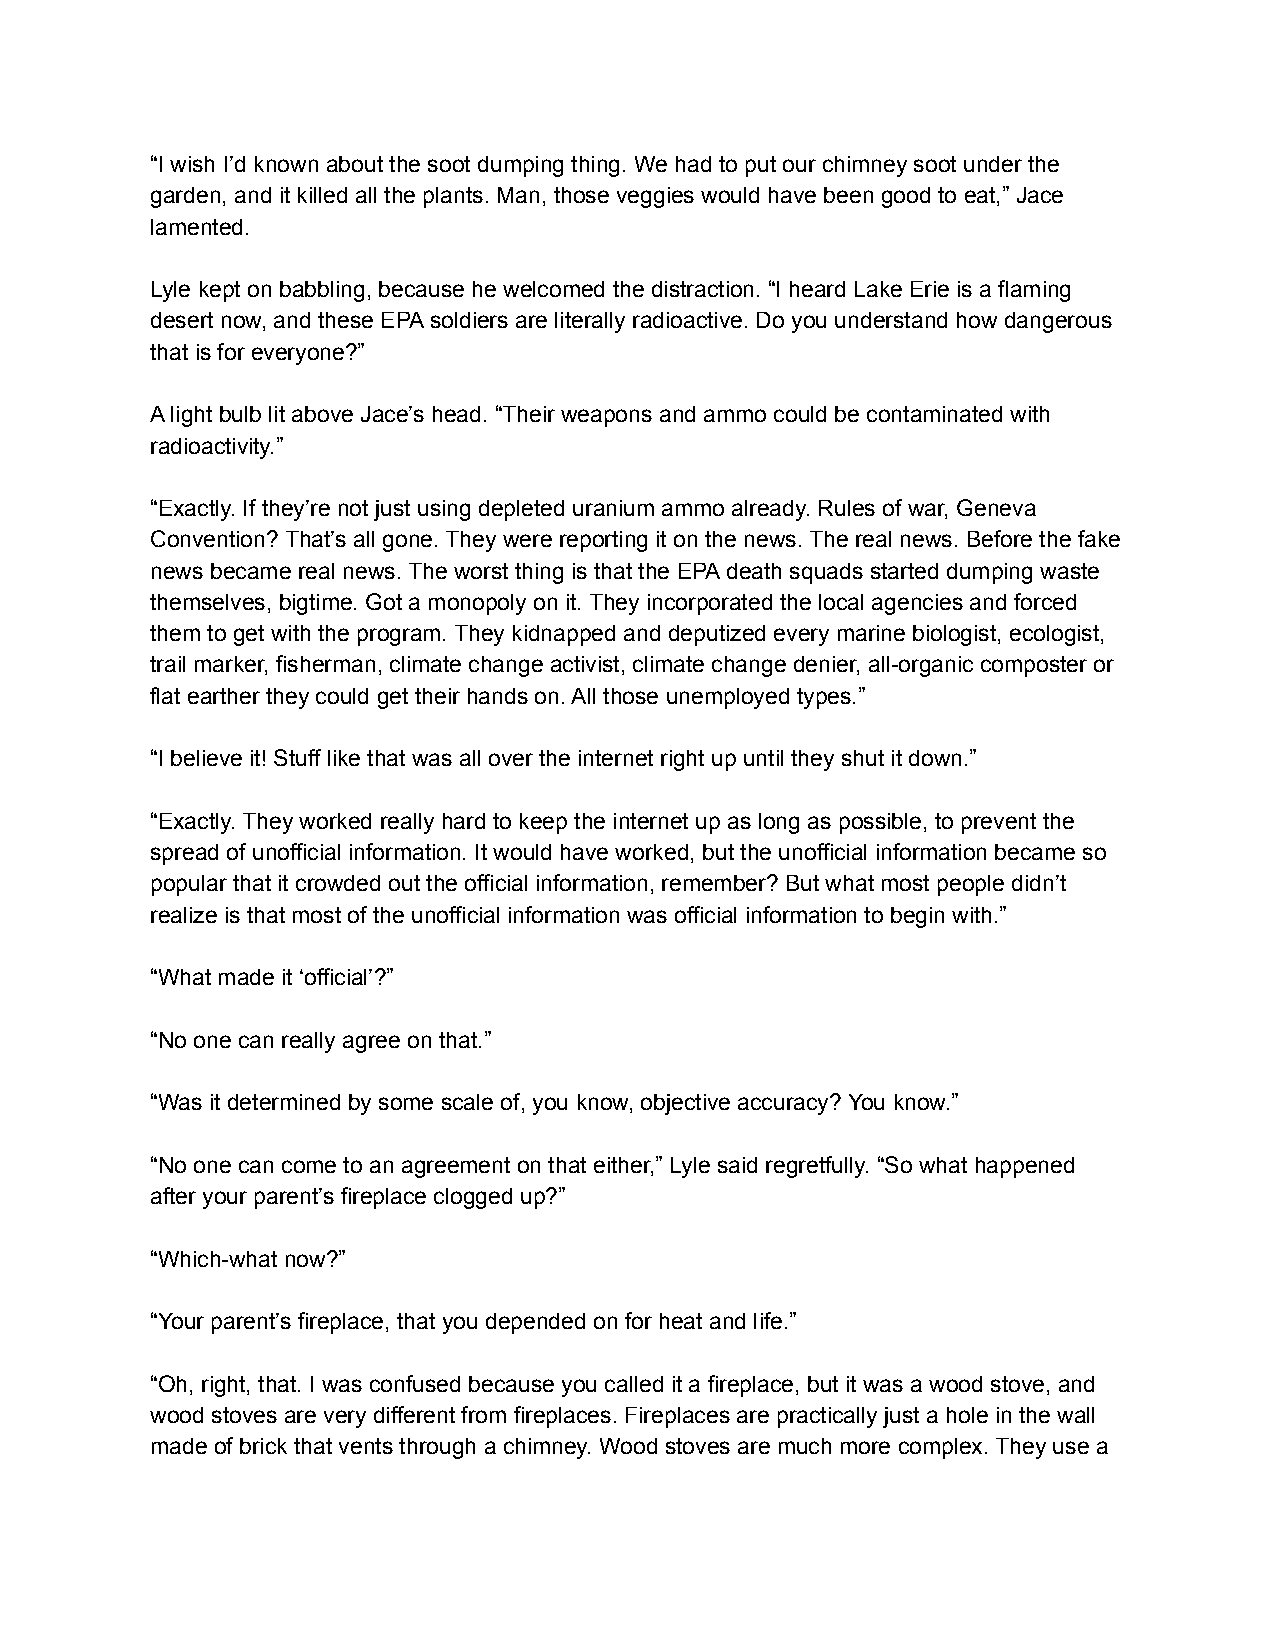
“I wish I’d known about the soot dumping thing. We had to put our chimney soot under the
 garden, and it killed all the plants. Man, those veggies would have been good to eat,” Jace
 lamented.
 Lyle kept on babbling, because he welcomed the distraction. “I heard Lake Erie is a flaming
 desert now, and these EPA soldiers are literally radioactive. Do you understand how dangerous
 that is for everyone?”
 A light bulb lit above Jace’s head. “Their weapons and ammo could be contaminated with
 radioactivity.”
 “Exactly. If they’re not just using depleted uranium ammo already. Rules of war, Geneva
 Convention? That’s all gone. They were reporting it on the news. The real news. Before the fake
 news became real news. The worst thing is that the EPA death squads started dumping waste
 themselves, bigtime. Got a monopoly on it. They incorporated the local agencies and forced
 them to get with the program. They kidnapped and deputized every marine biologist, ecologist,
 trail marker, fisherman, climate change activist, climate change denier, all-organic composter or
 flat earther they could get their hands on. All those unemployed types.”
 “I believe it! Stuff like that was all over the internet right up until they shut it down.”
 “Exactly. They worked really hard to keep the internet up as long as possible, to prevent the
 spread of unofficial information. It would have worked, but the unofficial information became so
 popular that it crowded out the official information, remember? But what most people didn’t
 realize is that most of the unofficial information was official information to begin with.”
 “What made it ‘official’?”
 “No one can really agree on that.”
 “Was it determined by some scale of, you know, objective accuracy? You know.”
 “No one can come to an agreement on that either,” Lyle said regretfully. “So what happened
 after your parent’s fireplace clogged up?”
 “Which-what now?”
 “Your parent’s fireplace, that you depended on for heat and life.”
 “Oh, right, that. I was confused because you called it a fireplace, but it was a wood stove, and
 wood stoves are very different from fireplaces. Fireplaces are practically just a hole in the wall
 made of brick that vents through a chimney. Wood stoves are much more complex. They use a